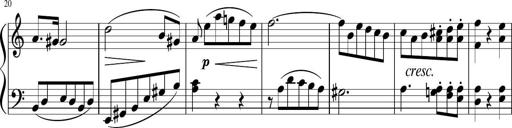
Title: 6 Progressive Sonatinas
Composer: Johann Anton AndrÃ©